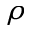
\rho